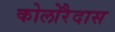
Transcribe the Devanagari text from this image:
कोलोरैदास